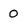
Character: 0